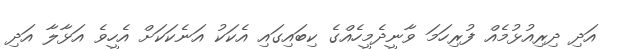
އަދި ދިރިއުޅުމެއް ފުރިހަމަ ވާނީދެމީހެއްގެ ކިބައިގައި އެކަކު އަނެކަކަށް އެހީވެ އަޅާލާ އަދި